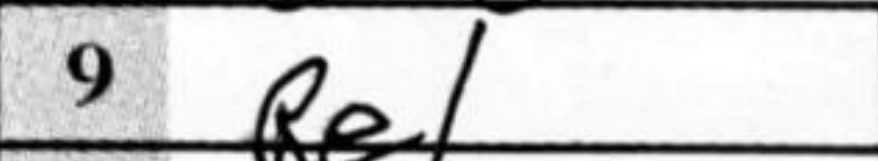
Transcription: Re1